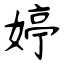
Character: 婷